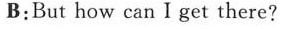
B: But how can I get there？